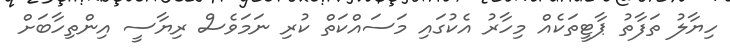
ހިޔާލު ތަފާތު ޕާޓީތަކެއް މިހާރު އެކުގައި މަސައްކަތް ކުރި ނަމަވެސް ރިޔާސީ އިންތިހާބަށް